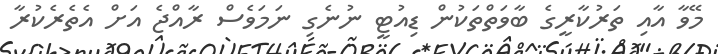
މޭވާ އާއި ތަރުކާރީގެ ބާވަތްތަކުން ޑިއުޓީ ނުނެގި ނަމަވެސް ރާއްޖެ އަށް އެތެރެކުރާ